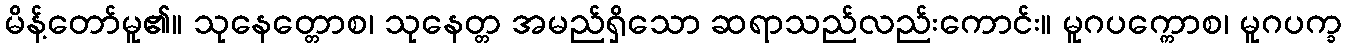
မိန့်တော်မူ၏။ သုနေတ္တောစ၊ သုနေတ္တ အမည်ရှိသော ဆရာသည်လည်းကောင်း။ မူဂပက္ကောစ၊ မူဂပက္ခ